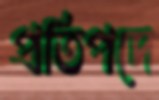
প্রতিপদে